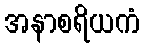
အနာစရိယကံ